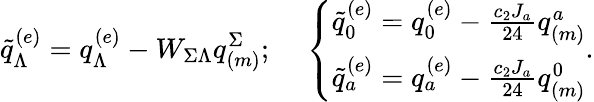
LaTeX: \tilde{q}_{\Lambda}^{(e)}=q_{\Lambda}^{(e)}-W_{\Sigma\Lambda}q_{(m)}^{\Sigma};\ \ \ \ \left\{ \begin{array}{l}{{\tilde{q}_{0}^{(e)}=q_{0}^{(e)}-{\frac{c_{2}J_{a}}{24}}q_{(m)}^{a}}}\\ {{\tilde{q}_{a}^{(e)}=q_{a}^{(e)}-{\frac{c_{2}J_{a}}{24}}q_{(m)}^{0}}}\end{array}\right..